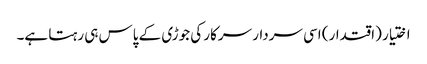
اختیار (اقتدار) اسی سردار سرکار کی جوڑی کے پاس ہی رہتا ہے۔